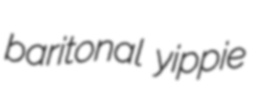
baritonal yippie